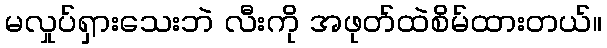
မလှုပ်ရှားသေးဘဲ လီးကို အဖုတ်ထဲစိမ်ထားတယ်။